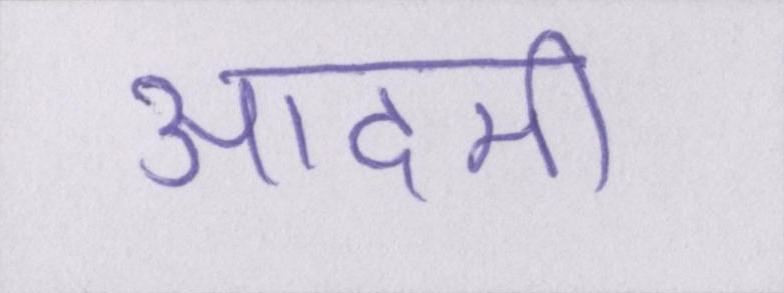
आदमी